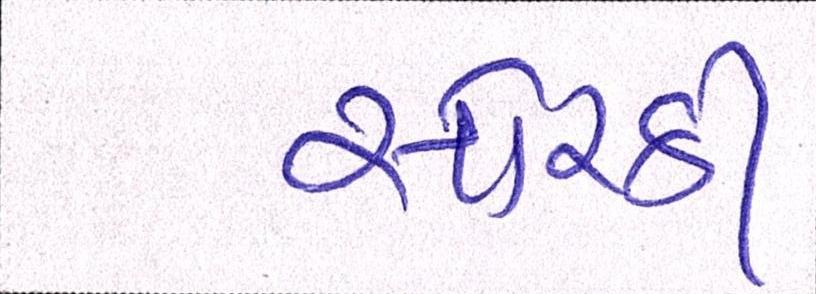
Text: સોરઠી